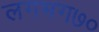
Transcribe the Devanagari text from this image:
लगभग७०